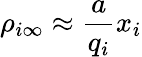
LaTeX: \rho_{i\infty}\approx\frac{a}{q_{i}}x_{i}